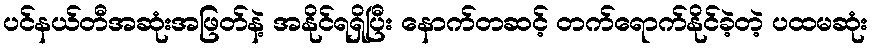
ပင်နယ်တီအဆုံးအဖြတ်နဲ့ အနိုင်ရရှိပြီး နောက်တဆင့် တက်ရောက်နိုင်ခဲ့တဲ့ ပထမဆုံး